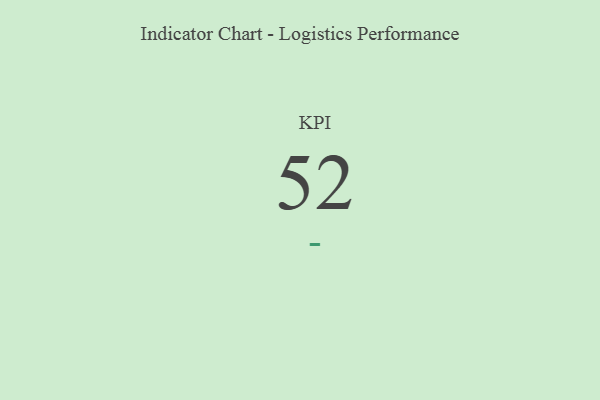
{"axis": {"x": "KPI", "y": "Value"}, "legend": [""], "data": [{"x": "KPI", "y": 52, "type": ""}]}